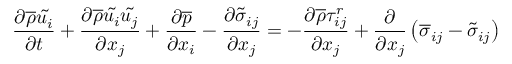
{ \frac { \partial { \overline { { \rho } } } { \tilde { u _ { i } } } } { \partial t } } + { \frac { \partial { \overline { { \rho } } } { \tilde { u _ { i } } } { \tilde { u _ { j } } } } { \partial x _ { j } } } + { \frac { \partial { \overline { { p } } } } { \partial x _ { i } } } - { \frac { \partial { \tilde { \sigma } } _ { i j } } { \partial x _ { j } } } = - { \frac { \partial { \overline { { \rho } } } \tau _ { i j } ^ { r } } { \partial x _ { j } } } + { \frac { \partial } { \partial x _ { j } } } \left( { \overline { { \sigma } } } _ { i j } - { \tilde { \sigma } } _ { i j } \right)